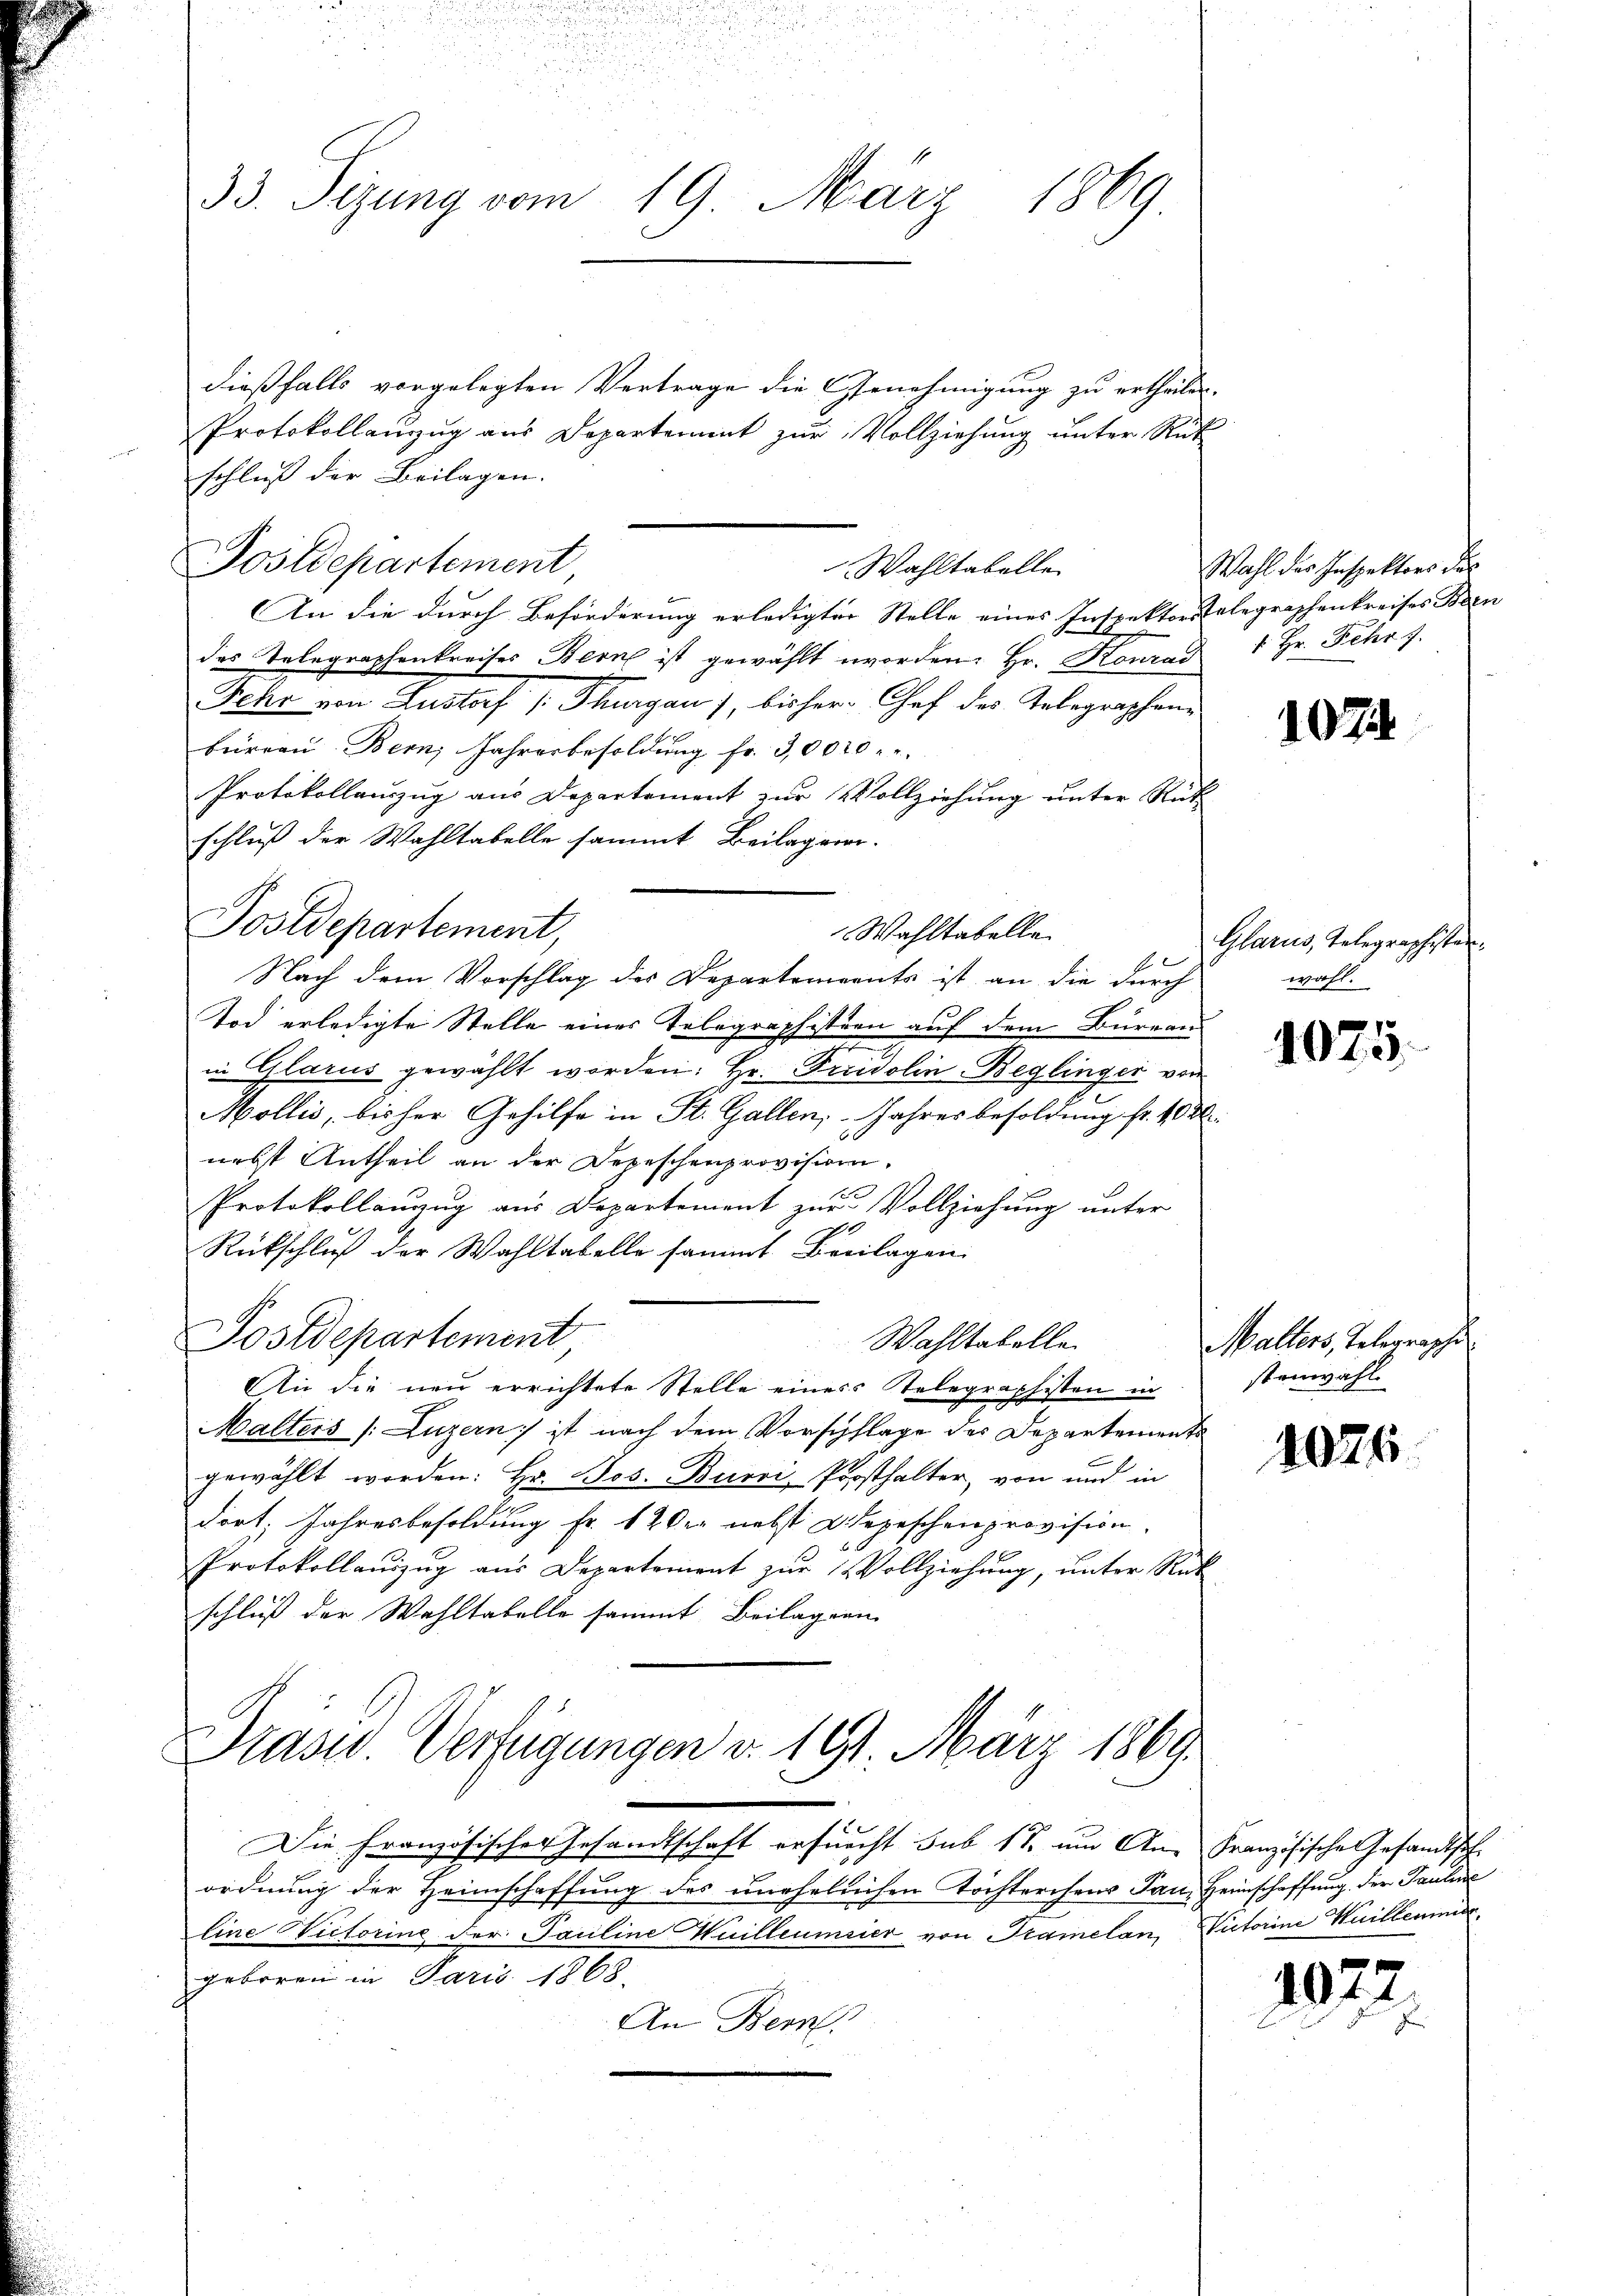
.
33. Sizung vom 19. März 1869

dießfalls vorgelegten Vertrage die Genehmigung zu ertheilen.
Protokollanzug aus Departement zur Vollziehung unter Rück
schluß der Beilagen.
An die durch Beförderung erledigten Stelle eines Inspektorstelegraphenkreises Bern
des Telegraphenkreises Bern ist gewählt worden. Hr. Konrad 1. Hr. Fehr 7.
Fehr von Lustorf /: Thurgau, bisher Chef des Telegraphenbureau. Bern, Jahresbesoldung fr. 3,000
Protokollauszug aus Departement zur Vollziehung unter Rück
schluß der Wahltabelle sammt Beilagen.
Postdepartement,
Wahltabelle
E
Nach dem Vorschlag des Departements ist an die durch
Tod erledigte Stelle eines Telegraphistren auf dem Bureau

in Glarus gewählt worden: Hr. Fridolin-Beglinger von
Mollis, bisher Gehilfe in St. Gallen, Jahresbesoldung fr. 403.
nebt Antheil an der Depeschenprovision.
Protokollanzug aus Departement zur Vollziehung unter
Rückschluß der Wahltabelle sammt Breilagen.
Postdepartement
Wahltabelle. Malters, Telegraphe
An die neu errichtete Stelle eines Telegraphisten in stenwahl
Malters (Luzern ist nach dem Vorschflage des Departements
gewählt worden: Hr. Jos. Burri, Prosthalter, von und in
dort, Jahresbesoldung Fr. 12 der nebst Depeschenprovision.
Protokollauszug aus Departement zur Vollziehung, unter Rück
schluß der Wahltabelle sammt Beilagen

Postdepartement

Wahltabelle

Prasw. Verfügungen d. 191. März 1869.

Die Französischer Gesandtschaft erfurcht sub 17. um An- Französische Gesandtsch
ordnung der Heimschaffung des unehellichen Töchterchens Jan. Heimschaffung der Pauline
Eine Victorine der Pauline Huilleumeier von Tramelan
geboren in Paris 1868.
An Bern.

Wahl des Inspektors des

1074.

Glarus, Telegraphisten.
wahl.

1075.

1026.

Victorine Heillenme

1072